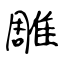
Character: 雕